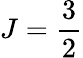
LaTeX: J=\frac{3}{2}